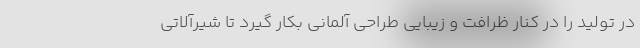
در تولید را در کنار ظرافت و زیبایی طراحی آلمانی بکار گیرد تا شیرآلاتی